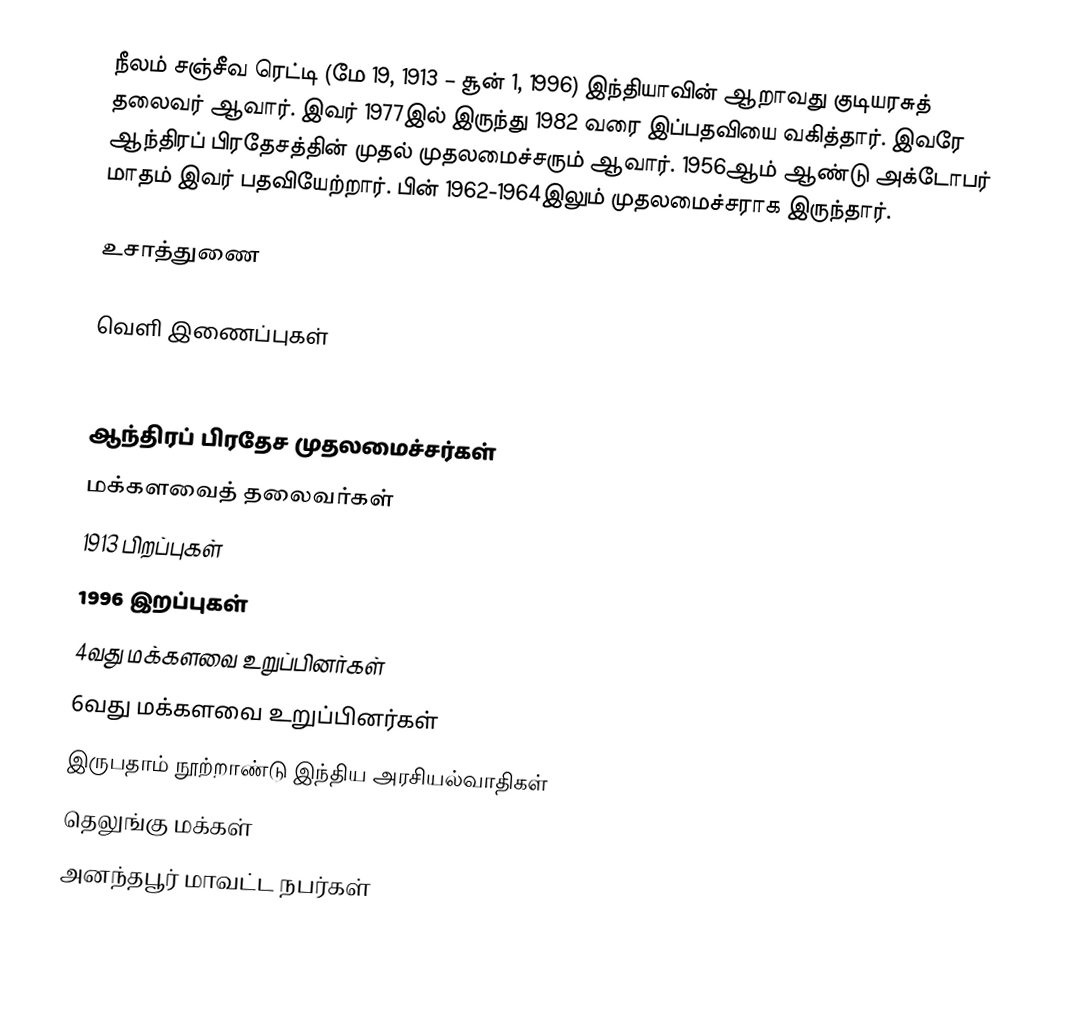
நீலம் சஞ்சீவ ரெட்டி (மே 19, 1913 – சூன் 1, 1996) இந்தியாவின் ஆறாவது குடியரசுத் தலைவர் ஆவார். இவர் 1977இல் இருந்து 1982 வரை இப்பதவியை வகித்தார். இவரே ஆந்திரப் பிரதேசத்தின் முதல் முதலமைச்சரும் ஆவார். 1956ஆம் ஆண்டு அக்டோபர் மாதம் இவர் பதவியேற்றார். பின் 1962-1964இலும் முதலமைச்சராக இருந்தார்.

உசாத்துணை

வெளி இணைப்புகள்
 President Neelam Sanjiva Reddy's broadcast to India on Republic Day, 1979 (Audio)

ஆந்திரப் பிரதேச முதலமைச்சர்கள்
மக்களவைத் தலைவர்கள்
1913 பிறப்புகள்
1996 இறப்புகள்
4வது மக்களவை உறுப்பினர்கள்
6வது மக்களவை உறுப்பினர்கள்
இருபதாம் நூற்றாண்டு இந்திய அரசியல்வாதிகள்
தெலுங்கு மக்கள்
அனந்தபூர் மாவட்ட நபர்கள்